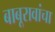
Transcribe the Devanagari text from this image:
बाबूरावांचा